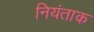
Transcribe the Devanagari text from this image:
नियंताक